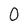
Character: O